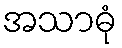
အသာဓုံ